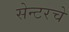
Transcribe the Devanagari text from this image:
सेन्टरचे